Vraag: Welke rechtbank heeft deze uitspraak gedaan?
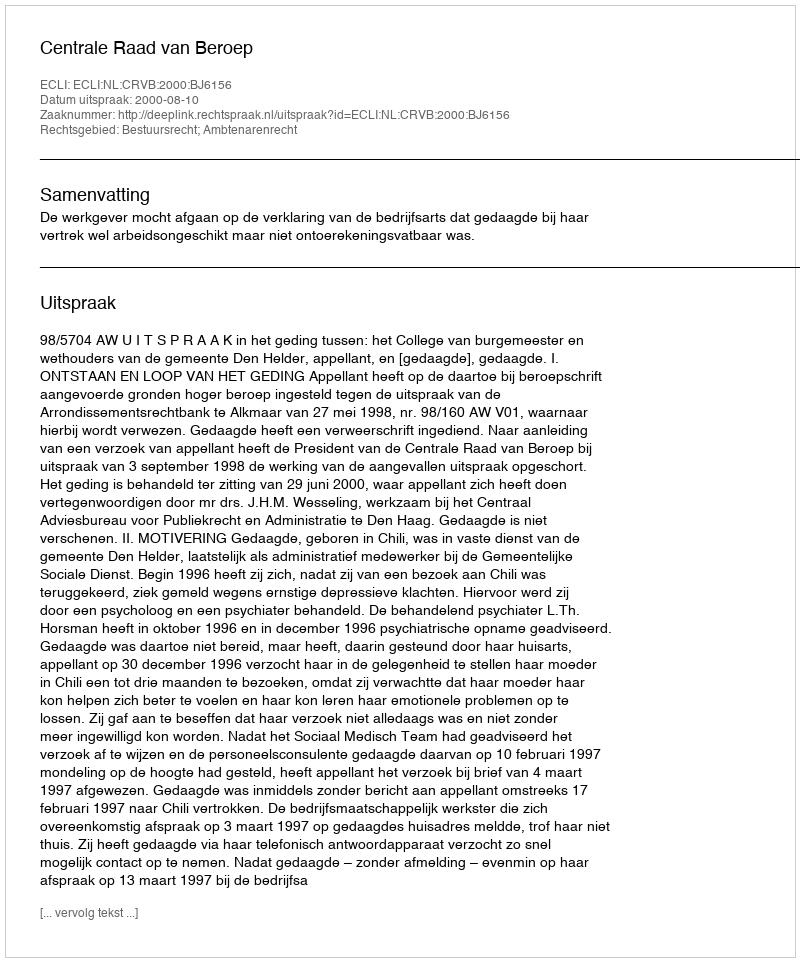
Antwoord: Centrale Raad van Beroep